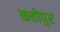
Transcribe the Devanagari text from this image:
कतोपुर